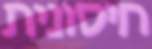
חיסונית